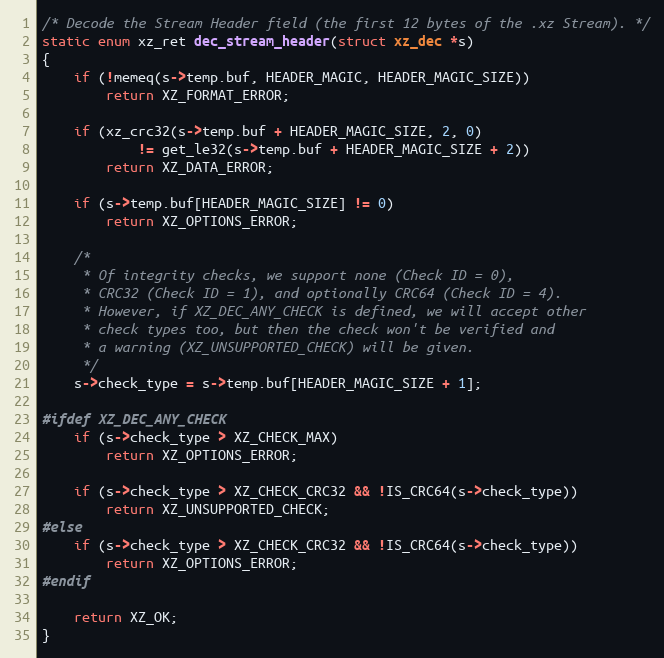
Language: C
/* Decode the Stream Header field (the first 12 bytes of the .xz Stream). */
static enum xz_ret dec_stream_header(struct xz_dec *s)
{
    if (!memeq(s->temp.buf, HEADER_MAGIC, HEADER_MAGIC_SIZE))
        return XZ_FORMAT_ERROR;

    if (xz_crc32(s->temp.buf + HEADER_MAGIC_SIZE, 2, 0)
            != get_le32(s->temp.buf + HEADER_MAGIC_SIZE + 2))
        return XZ_DATA_ERROR;

    if (s->temp.buf[HEADER_MAGIC_SIZE] != 0)
        return XZ_OPTIONS_ERROR;

    /*
     * Of integrity checks, we support none (Check ID = 0),
     * CRC32 (Check ID = 1), and optionally CRC64 (Check ID = 4).
     * However, if XZ_DEC_ANY_CHECK is defined, we will accept other
     * check types too, but then the check won't be verified and
     * a warning (XZ_UNSUPPORTED_CHECK) will be given.
     */
    s->check_type = s->temp.buf[HEADER_MAGIC_SIZE + 1];

#ifdef XZ_DEC_ANY_CHECK
    if (s->check_type > XZ_CHECK_MAX)
        return XZ_OPTIONS_ERROR;

    if (s->check_type > XZ_CHECK_CRC32 && !IS_CRC64(s->check_type))
        return XZ_UNSUPPORTED_CHECK;
#else
    if (s->check_type > XZ_CHECK_CRC32 && !IS_CRC64(s->check_type))
        return XZ_OPTIONS_ERROR;
#endif

    return XZ_OK;
}